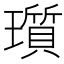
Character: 瓆